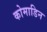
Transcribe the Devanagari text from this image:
कोमाडिन